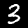
Digit: 3